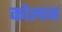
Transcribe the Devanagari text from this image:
कोलज